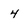
Character: 4